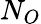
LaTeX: N_{O}